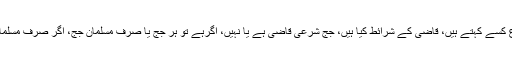
(۴) قاضیِ شرع کسے کہتے ہیں، قاضی کے شرائط کیا ہیں، جج شرعی قاضی ہے یا نہیں، اگرہے تو ہر جج یا صرف مسلمان جج، اگر صرف مسلمان جج تو کیوں؟